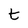
Character: t